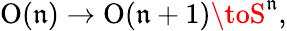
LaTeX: \operatorname{O}(\mathfrak{n})\to\operatorname{O}(\mathfrak{n}+1)\toS^{\mathfrak{n}},